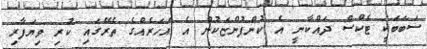
ސަބަބަކީ ޓެކްސް ދައްކާނީ އެ ކުންފުންޏަކުން އެ އަހަރެއްގެ ތެރޭގައި ކުރި ވިޔަފާރި